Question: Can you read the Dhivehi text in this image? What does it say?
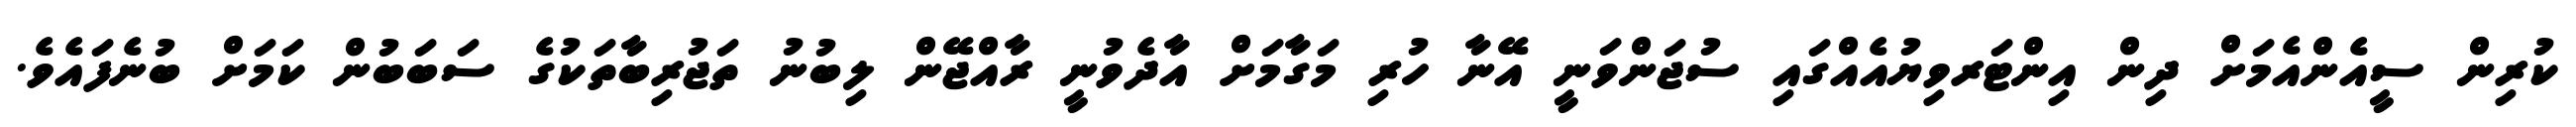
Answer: ކުރިން ސީއެންއެމަށް ދިން އިންޓަރވިޔުއެއްގައި ސުޖަންވަނީ އޭނާ ހުރި މަގާމަށް އާދެވުނީ ރާއްޖޭން ލިބުނު ތަޖުރިބާތަކުގެ ސަބަބުން ކަމަށް ބުނެފައެވެ.